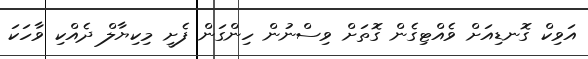
އަވިކް ގޮނޑިއަށް ވެއްޓިގެން ގޮތަށް ވިސްނުން ހިންގަން ފެށީ މިކިޔާލް ދެއްކި ވާހަކަ